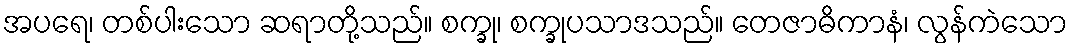
အပရေ၊ တစ်ပါးသော ဆရာတို့သည်။ စက္ခု၊ စက္ခုပသာဒသည်။ တေဇာဓိကာနံ၊ လွန်ကဲသော